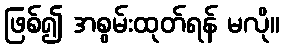
ဖြစ်၍ အစွမ်းထုတ်ရန် မလို။